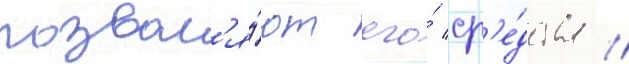
позвол'я́ют его́ ср'е́дства //